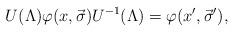
LaTeX: \begin{align*}U(\Lambda)\varphi(x,\vec{\sigma})U^{-1}(\Lambda)=\varphi(x',\vec{\sigma}'),\end{align*}